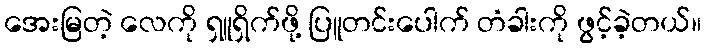
အေးမြတဲ့ လေကို ရှူရှိက်ဖို့ ပြူတင်းပေါက် တံခါးကို ဖွင့်ခဲ့တယ်။